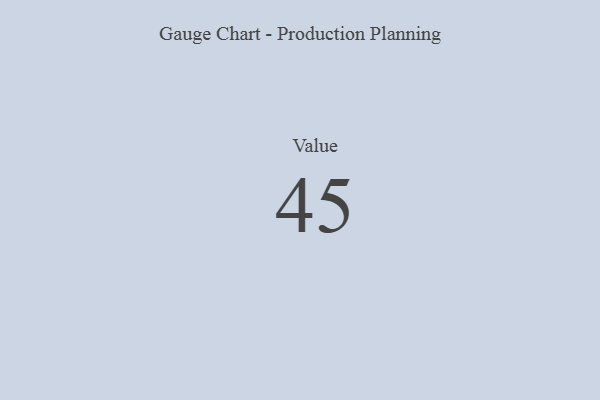
{"axis": {"x": "Metric", "y": "Value"}, "legend": [""], "data": [{"x": "Value", "y": 45, "type": ""}]}